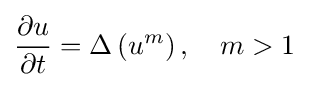
{\frac {\partial u}{\partial t}}=\Delta \left(u^{m}\right),\quad m>1